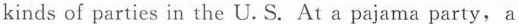
kinds of parties in the U.S. At a pajama party, a